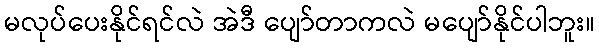
မလုပ်ပေးနိုင်ရင်လဲ အဲဒီ ပျော်တာကလဲ မပျော်နိုင်ပါဘူး။